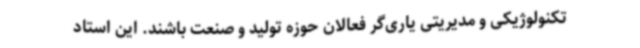
تکنولوژیکی و مدیریتی یاری‌گر فعالان حوزه تولید و صنعت باشند. این استاد